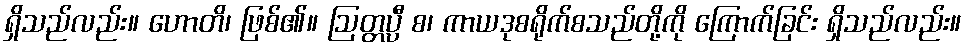
ရှိသည်လည်း။ ဟောတိ၊ ဖြစ်၏။ ဩတ္တပ္ပီ စ၊ ကာယဒုစရိုက်စသည်တို့ကို ကြောက်ခြင်း ရှိသည်လည်း။